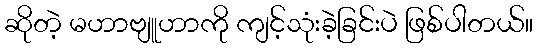
ဆိုတဲ့ မဟာဗျူဟာကို ကျင့်သုံးခဲ့ခြင်းပဲ ဖြစ်ပါတယ်။